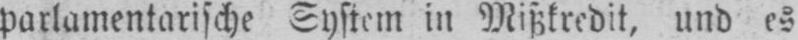
parlamentarische System in Mißkredit, und es